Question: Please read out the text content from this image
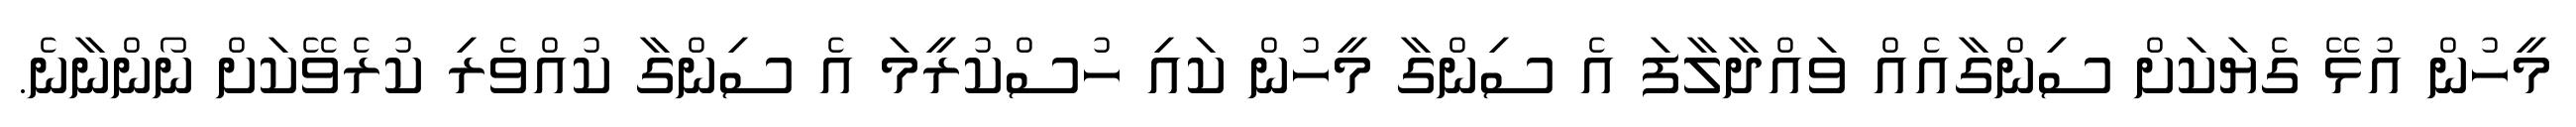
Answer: މީހުން އުޅޭ ގެޔަކަށް ސިންގާއެއް ވައްދާލާފަ އެ ސިންގާ މީހުން ކައި ހުސްކުރީމަ އެ ސިންގާ ކުއްވެރި ކުރެވޭކަށް ނޯންނާނެ.